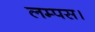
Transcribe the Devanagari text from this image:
लम्पस।